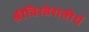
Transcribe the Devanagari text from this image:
श्रीविश्वेशतीर्थ